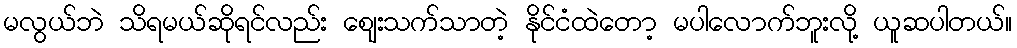
မလွယ်ဘဲ သိရမယ်ဆိုရင်လည်း ဈေးသက်သာတဲ့ နိုင်ငံထဲတော့ မပါလောက်ဘူးလို့ ယူဆပါတယ်။